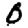
Digit: 0